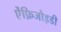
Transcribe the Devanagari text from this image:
ऐंफ़िजोइडी